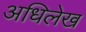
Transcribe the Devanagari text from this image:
अधिलेख